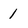
Character: l